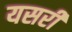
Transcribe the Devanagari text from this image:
यसरी